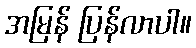
အမြန် ပြန်လာပါ။